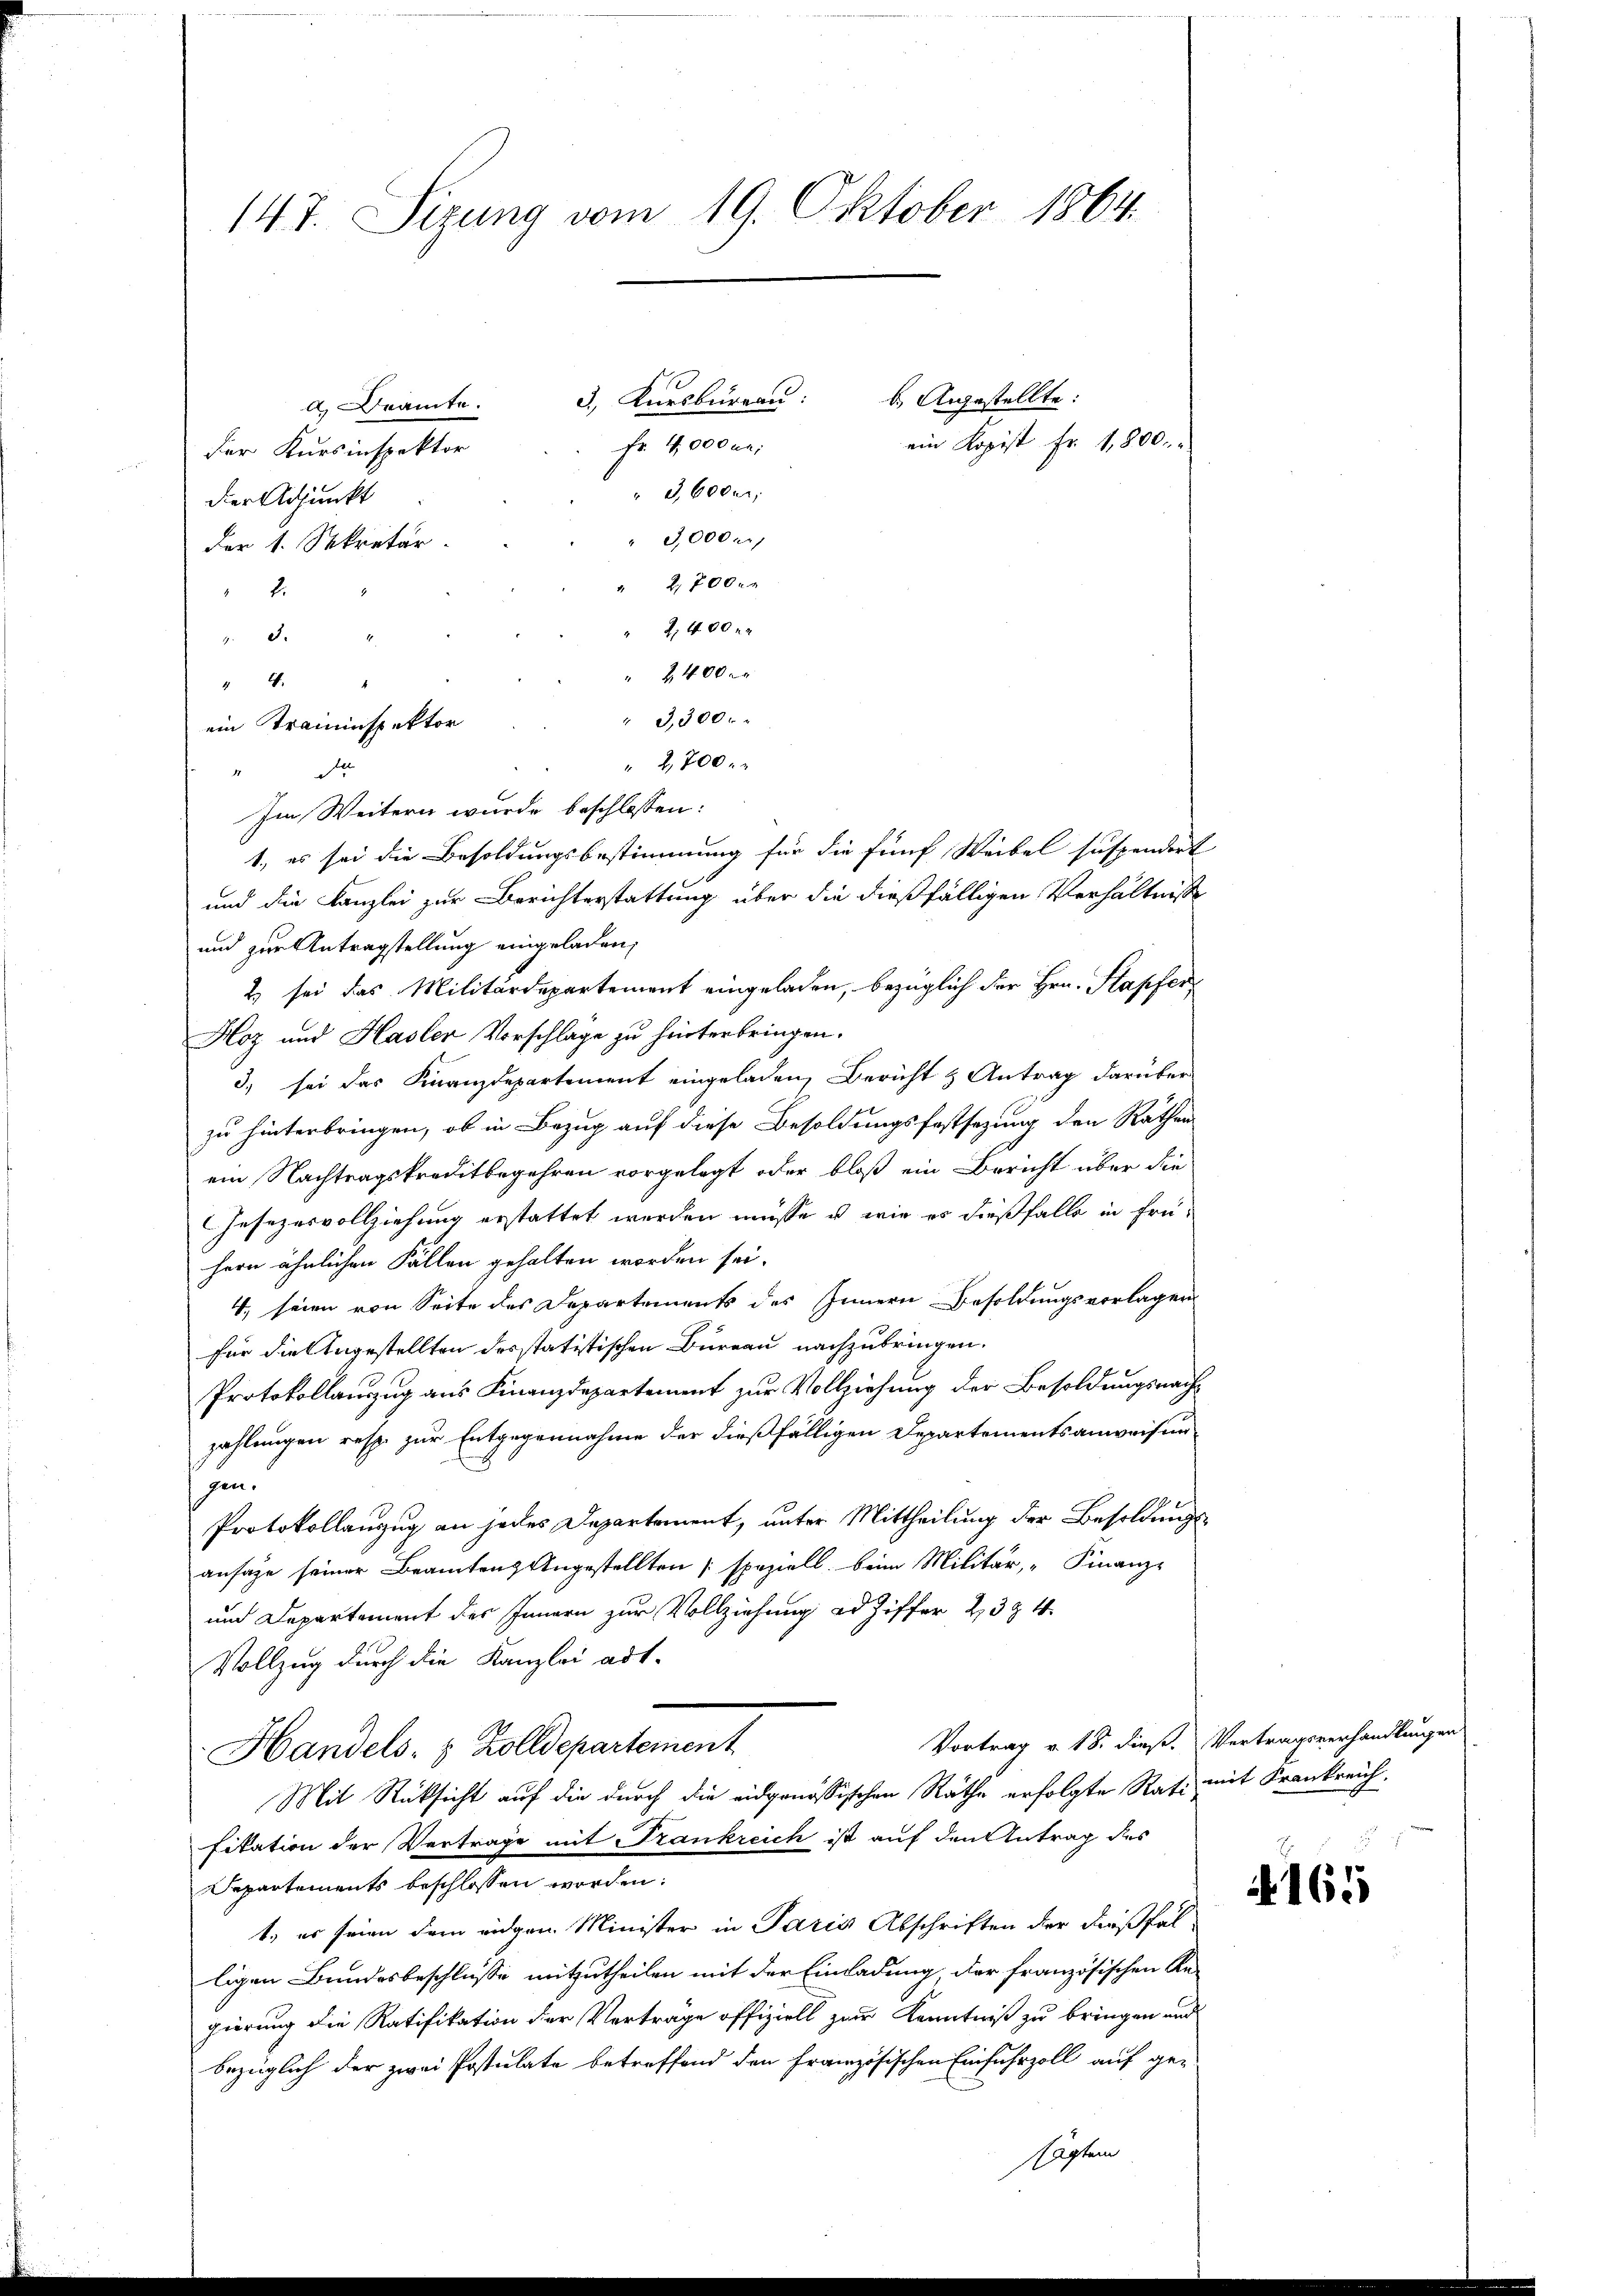
147. Sizung vom 19. Oktober 1864.

4.
ein Traminspektor
d

3. Kursburgau:  Angestellte:
d Beamte.
Fr. 4,000 un
der Kursinspektor
" 3,600 r
dier Adjunkt
3,000.
der 1. Sekretär
2,700 x
2.
2,400 x
11
 2400 x
" 3,300.
2,700 x
Im Weitern wurde beschlossen:
1., es sei die Besoldungsbestimmung für die fünf Weibel suspendert
und die Kanzlei zur Berichterstattung über die dießfälligen Verhältnisse
und zur Antragstellung eingeladen,
2) sei das Militärdepartement eingeladen, bezüglich der Hrn. Stapfer¬
Hoz und Hasler Vorschlage zu hinterbringen.
3) sei das Finanzdepartement eingeladen, Bericht & Antrag darüber
zu hinterbringen, ob in Bezug auf diese Besoldungsfestsezung den Räthen
ein Nachtragskreditbegehren vorgelegt oder bloß ein Bericht über die
Gesezesvollziehung erstattet werden müsse, u. wie es dießfalls in frühern ähnlichen Fällen gehalten worden sei.
4, seien von Seite des Departements des Innern Besoldungsvorlagen
für die Angestellten desstatistischen Bureau nachzubringen.
Protokollanzug aus Finanzdepartement zur Vollziehung der Besoldungsnachzahlungen resp. zur Entgegennahme der dießfälligen Departementsanweisun
gen.
Protokollanzug an jedes Departement, unter Mittheilung der Besoldungsansage seiner Beamten Angestellten speziell beim Militär, "Finanz-
und Departement des Innern zur Vollziehung ad Ziffer 23 & 4.
Vollzug durch die Kanzlei adt-
Vortrag v. 18. dieß. Vertragsverhandlungen
Handels- & Zolldepartement
Mit Rücksicht auf die durch die eidgenössischen Räthe erfolgte Rati mit Frankreich
fikation der Vertrage mit Frankreich ist auf den Antrag des
Departements beschlossen worden.
t, es seien dem eidgen Minister in Paris Abschriften der dießfal-
ligen Bundesbeschlüsse mitzutheilen mit der Einladung, der französischen Re-
gierung die Ratifikation der Verträge offiziell zur Kenntniß zu bringen und
bezüglich der zwei Postulate betreffend den Französischen Einfuhrzoll auf ge-

ein Kopist fr. 1,800.

4165